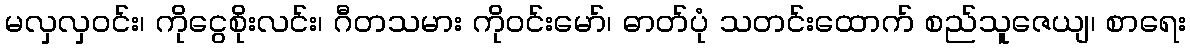
မလှလှဝင်း၊ ကိုငွေစိုးလင်း၊ ဂီတသမား ကိုဝင်းမော်၊ ဓာတ်ပုံ သတင်းထောက် စည်သူဇေယျ၊ စာရေး